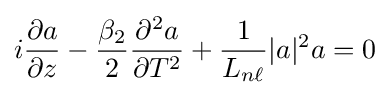
i{\frac {\partial a}{\partial z}}-{\frac {\beta _{2}}{2}}{\frac {\partial ^{2}a}{\partial T^{2}}}+{\frac {1}{L_{n\ell }}}|a|^{2}a=0